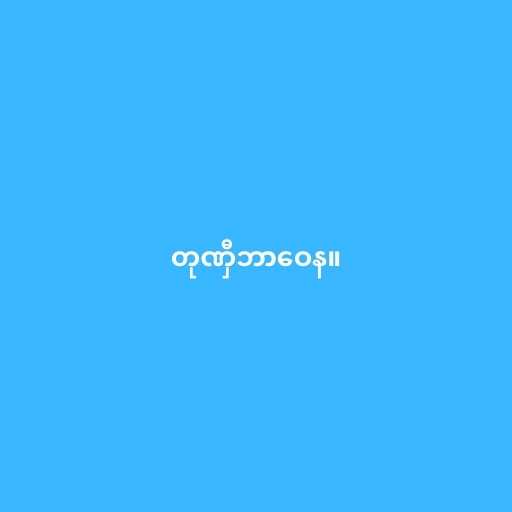
တုဏှီဘာဝေန။